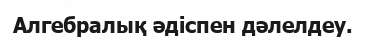
Алгебралық әдіспен дәлелдеу.